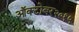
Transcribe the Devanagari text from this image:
ऑक्टोबर२०१५